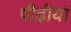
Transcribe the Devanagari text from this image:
पीढ़ीयां